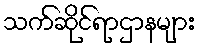
သက်ဆိုင်ရာဌာနများ